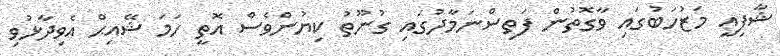
ޝާފިޢީ މަޒުހަބުގައި ވާގޮތުން ފަތިސްނަމާދުގައި ގުނޫތު ކިޔުންވެސް އޮތީ ހަމަ ޝޭއިޙް އެވިދާޅުވި